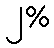
၂%